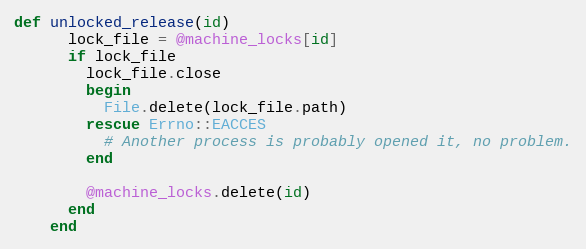
Language: Ruby
def unlocked_release(id)
      lock_file = @machine_locks[id]
      if lock_file
        lock_file.close
        begin
          File.delete(lock_file.path)
        rescue Errno::EACCES
          # Another process is probably opened it, no problem.
        end

        @machine_locks.delete(id)
      end
    end